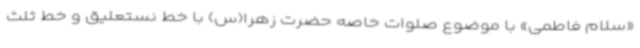
«سلام فاطمی» با موضوع صلوات خاصه حضرت زهرا(س) با خط نستعلیق و خط ثلث